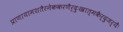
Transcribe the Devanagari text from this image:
प्राणायामशतैरनेककरणैर्दुःखात्मकैर्दुजर्यैः